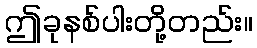
ဤခုနစ်ပါးတို့တည်း။